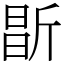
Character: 㫀